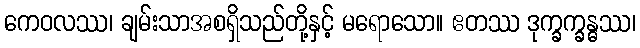
ကေဝလဿ၊ ချမ်းသာအစရှိသည်တို့နှင့် မရောသော။ ဧတဿ ဒုက္ခက္ခန္ဓဿ၊